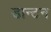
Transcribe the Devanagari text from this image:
डान्टन